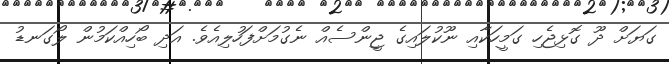
ގަޔަށް ދޫ ގޮޅިޖެހި ގަމީހަކާއި ނޫކުލައިގެ ޖީންސެއް ނެގުމަށްފަހުލިއެވެ. އަދި ބޯހިއްކަމުން ލޯގަނޑު